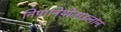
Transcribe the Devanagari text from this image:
निपानियोज़ाइलान